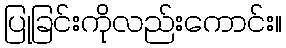
ပြုခြင်းကိုလည်းကောင်း။